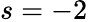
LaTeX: s=-2